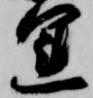
運